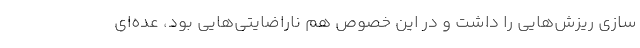
سازی ریزش‌هایی را داشت و در این خصوص هم ناراضایتی‌هایی بود، عده‌ای